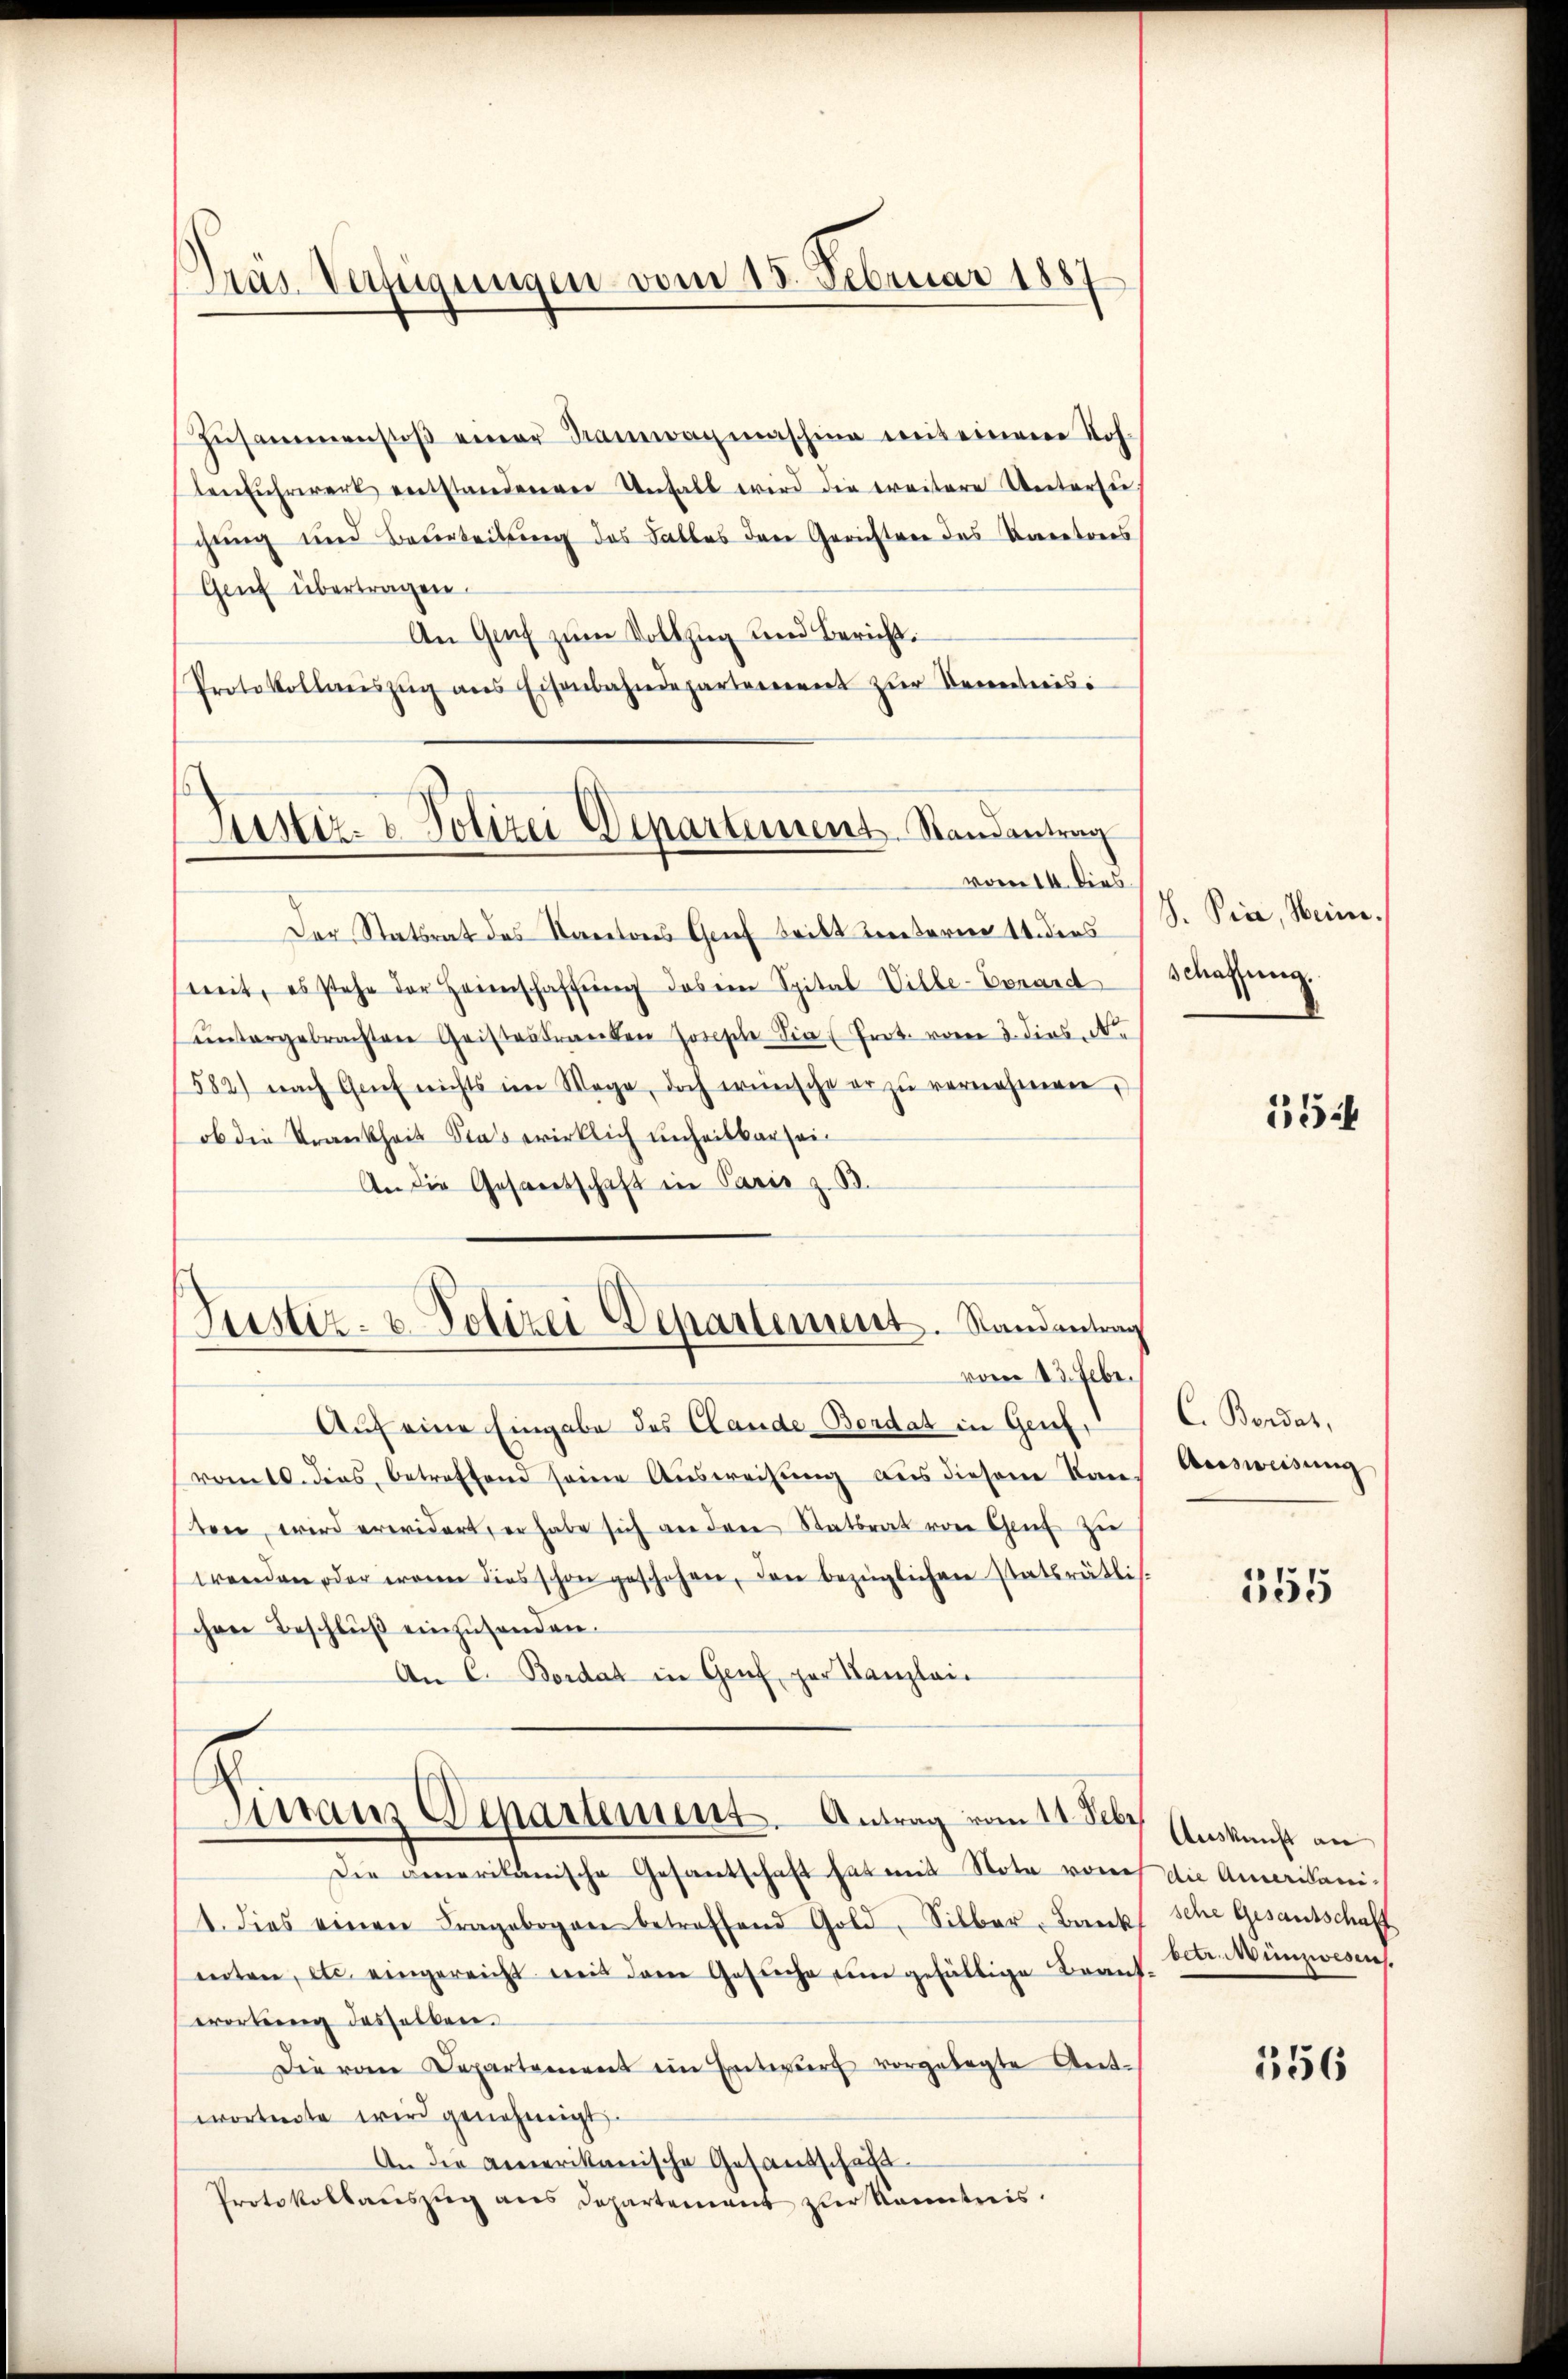
Präs. Verfügungen vom 15. Februar 1887

Zŭsammenstoβ einer Tramwagmaschine mit einem Joh.
lenfŭhrwerk entstandenen Unfall wird die ereitere Untersŭ
chung und Beurteilung des Falles den Gerichten das Karatoris
Gent übertragen.
An Genf zum Vollzug und Bericht:
Protokollweiszŭg ans Eisenbahndeparterierent zur Vereiteresi

Justiz- & Polizei Departement. Randantrag
vom 14. Dies

Der Statsrat des Kantons Grief tritt unterner Seiders
mit, es stehe der Heimschaffŭng das ein Spital-Ville-Conard
ŭntergebrachten Geisteskranken Zorische die Prot. vom 3. dies. N
582) nach Grief nichts im Wege, doch wünsche er zŭ vernehmenen,
ob die Krankheit Stas wirklich unheitkarsei¬
An die Gesandtschaft in Paris z. B.
Justiz- & Polizei Departement. Randantrag
vom 13. Febr.
Auf eine Eingabe des Clande Bordat in Genf,
romtl. dies betreffend seine Ausweisung aus diesem Kan-
ten, wird erwidert, er habe sich an dere Statsrat von Genf zu
wrenden oder waren dies schon geschehen, den bezüglichen Statsrätlis-
ihen Beschlŭβ einzusenden.
An C. Bordat in Genf, par Kanzlei-

Tieraus Departement. Antrag vom 11. Febr
Die genarikanische Gesantschaft hat mit Note von

th. Pice, Heine.
schaffung.

1. dies einen Fragebogen betreffend Gold, Silber, Bank
enten, etc. eingereicht mit dem Gesŭche um gefällige Braut.
erortŭng desselben.
Die vom Departement ein Entwurf vorgelegte Ant-
wortete wird genehmigt.
An die Amerikanische Gesandschaft
Protokollauszug aus Departement zur Kenntnis.

555

15

C. Bendas,
Ausweisung

Auskunft an
die Amerikani-
sche Gesantschaft
betr. Münzwesen.

356